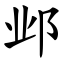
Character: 邺